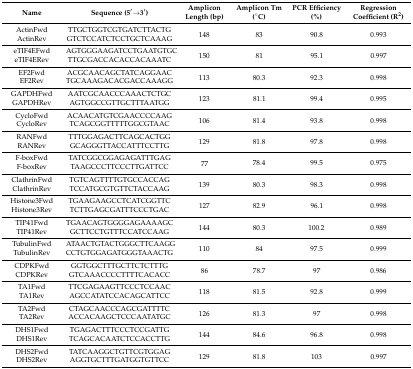
<table><thead><tr><td><b>Name</b></td><td><b>Sequence (5′→3′)</b></td><td><b>Amplicon Length (bp)</b></td><td><b>Amplicon Tm (°C)</b></td><td><b>PCR Efficiency (%)</b></td><td><b>Regression Coefficient (R<sup>2</sup>)</b></td></tr></thead><tbody><tr><td>ActinFwd</td><td>TTGCTGGTCGTGATCTTACTG</td><td rowspan="2">148</td><td rowspan="2">83</td><td rowspan="2">90.8</td><td rowspan="2">0.993</td></tr><tr><td>ActinRev</td><td>GTCTCCATCTCCTGCTCAAAG</td></tr><tr><td>eTIF4EFwd</td><td>AGTGGGAAGATCCTGAATGTGC</td><td rowspan="2">150</td><td rowspan="2">81</td><td rowspan="2">95.1</td><td rowspan="2">0.997</td></tr><tr><td>eTIF4ERev</td><td>TTGCGACCACACCACAAATC</td></tr><tr><td>EF2Fwd</td><td>ACGCAACAGCTATCAGGAAC</td><td rowspan="2">113</td><td rowspan="2">80.3</td><td rowspan="2">92.3</td><td rowspan="2">0.998</td></tr><tr><td>EF2Rev</td><td>TGCAAAGACACGACCAAAGG</td></tr><tr><td>GAPDHFwd</td><td>AATCGCAACCCAAACTCTGC</td><td rowspan="2">123</td><td rowspan="2">81.1</td><td rowspan="2">99.4</td><td rowspan="2">0.995</td></tr><tr><td>GAPDHRev</td><td>AGTGGCCGTTGCTTTAATGG</td></tr><tr><td>CycloFwd</td><td>ACAACATGTCGAACCCCAAG</td><td rowspan="2">106</td><td rowspan="2">81.4</td><td rowspan="2">93.8</td><td rowspan="2">0.998</td></tr><tr><td>CycloRev</td><td>TCAGCGGTTTTTGGCGTAAC</td></tr><tr><td>RANFwd</td><td>TTTGGAGACTTCAGCACTGG</td><td rowspan="2">129</td><td rowspan="2">81.8</td><td rowspan="2">97.8</td><td rowspan="2">0.998</td></tr><tr><td>RANRev</td><td>GCAGGGTTACCATTTCCTTG</td></tr><tr><td>F-boxFwd</td><td>TATCGGCGGAGAGATTTGAG</td><td rowspan="2">77</td><td rowspan="2">78.4</td><td rowspan="2">99.5</td><td rowspan="2">0.975</td></tr><tr><td>F-boxRev</td><td>TAAGCCCTTCCCTTGATTCC</td></tr><tr><td>ClathrinFwd</td><td>TGTCAGTTTTGTGCCACCAG</td><td rowspan="2">139</td><td rowspan="2">80.3</td><td rowspan="2">98.3</td><td rowspan="2">0.998</td></tr><tr><td>ClathrinRev</td><td>TCCATGCGTGTTCTACCAAG</td></tr><tr><td>Histone3Fwd</td><td>TGAAGAAGCCTCATCGGTTC</td><td rowspan="2">127</td><td rowspan="2">82.9</td><td rowspan="2">96.1</td><td rowspan="2">0.998</td></tr><tr><td>Histone3Rev</td><td>TCTTGAGCGATTTCCCTGAC</td></tr><tr><td>TIP41Fwd</td><td>TGAACAGTGGGGAGAAAAGC</td><td rowspan="2">144</td><td rowspan="2">80.3</td><td rowspan="2">100.2</td><td rowspan="2">0.989</td></tr><tr><td>TIP41Rev</td><td>GCTTCCTGTTTCCATCCAAG</td></tr><tr><td>TubulinFwd</td><td>ATAACTGTACTGGGCTTCAAGG</td><td rowspan="2">110</td><td rowspan="2">84</td><td rowspan="2">97.5</td><td rowspan="2">0.999</td></tr><tr><td>TubulinRev</td><td>CCTGTGGAGATGGGTAAACTG</td></tr><tr><td>CDPKFwd</td><td>GGTGGCTTTGCTTCTCTTTG</td><td rowspan="2">86</td><td rowspan="2">78.7</td><td rowspan="2">97</td><td rowspan="2">0.986</td></tr><tr><td>CDPKRev</td><td>GTCAAACCCCTTTTCACACC</td></tr><tr><td>TA1Fwd</td><td>TTCGAGAAGTTCCCTCCAAC</td><td rowspan="2">118</td><td rowspan="2">81.5</td><td rowspan="2">92.8</td><td rowspan="2">0.999</td></tr><tr><td>TA1Rev</td><td>AGCCATATCCACAGCATTCC</td></tr><tr><td>TA2Fwd</td><td>CTAGCAACCCAGCGATTTTC</td><td rowspan="2">126</td><td rowspan="2">81.3</td><td rowspan="2">97</td><td rowspan="2">0.998</td></tr><tr><td>TA2Rev</td><td>ACCACAAGCTCCCAATATGC</td></tr><tr><td>DHS1Fwd</td><td>TGAGACTTTCCCTCCGATTG</td><td rowspan="2">144</td><td rowspan="2">84.6</td><td rowspan="2">96.8</td><td rowspan="2">0.998</td></tr><tr><td>DHS1Rev</td><td>TCAGCACAATCTCCACCTTG</td></tr><tr><td>DHS2Fwd</td><td>TATCAAGGCTGTTCGTGGAG</td><td rowspan="2">129</td><td rowspan="2">81.8</td><td rowspan="2">103</td><td rowspan="2">0.997</td></tr><tr><td>DHS2Rev</td><td>AGGTGCTTTGATGGTGTTCC</td></tr></tbody></table>